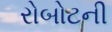
રોબોટની